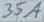
Text: 35A